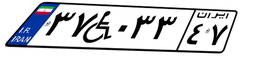
۳۷W۰۳۳۴۷